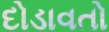
દોડાવતો